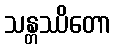
သန္တဿိတော